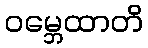
ဝမ္ဘေထာတိ